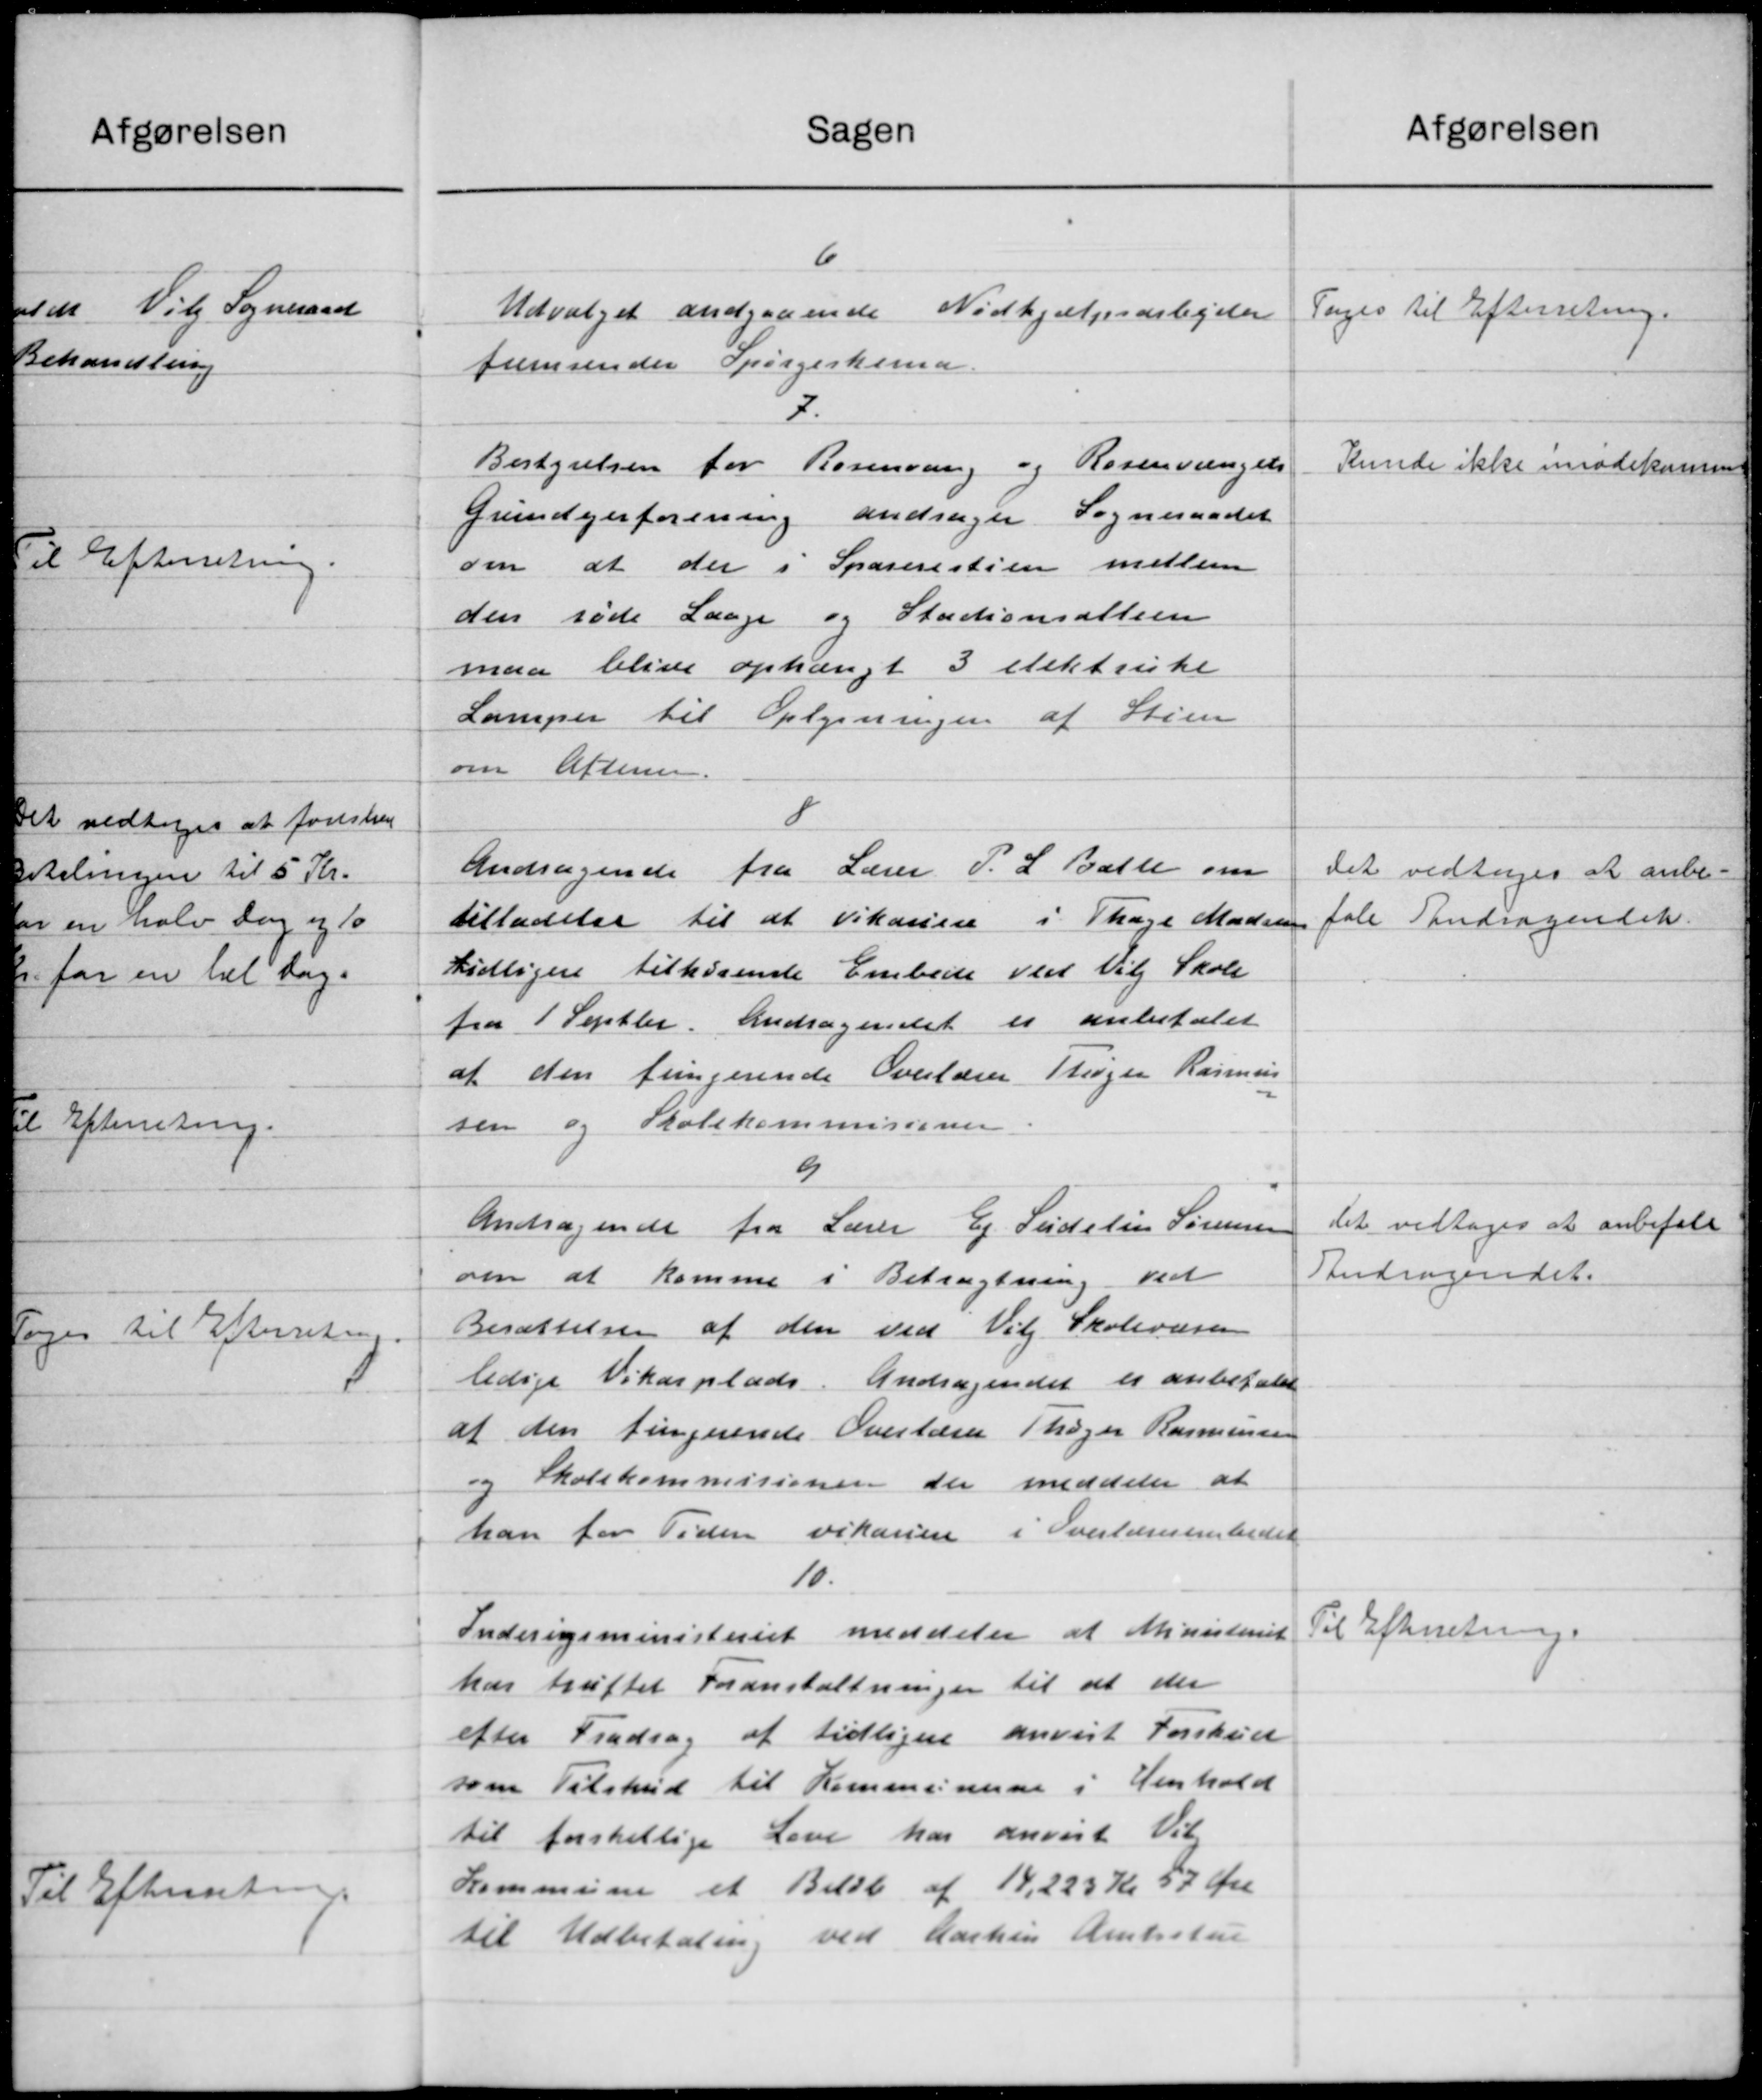
Transskription:
Sagen
Udvalget andgaaende Nødhjælpsarbejder
fremsender Spørgeskema.
7.
Bestyrelsen for Rosenvang og Rosenvængelse
Grundejerforening andrager Sogneraadet
om at der i Sparerestien mellem
den røde Laage og Stationsattern
maa blive ophængt 3 elektriske
Lamper til Oplysningen af Stien
om Aftensen.
8
Andragende fra Lærer P. L. Balle om
tilladelse til at Vikariere i Thage Madsen
tidligere tilhørende Embede Ved Vil Skole
fra 1 Septber. Andragendet er anbefalet
af den fungerende Overlærer Strøger Rasmus
sen og Skolekommisionen
9
Andragende fra Lærer Ej Sedition Sørensen
om at komme i Betragtning ved
Besættelsen af den ved Vil Skolevæsen
ledige Vikarplads. Andragendet er anbefales
af den tingerende Overlærer Thøger Rasmussen
og Skolekommisionen der meddeler at
han for Tiden vikariere i Overlærerembedet
10.
Inderigsministeriet meddeler at Ministeriet
har truffet Foranstaltninger til at der
efter Fradrag af tidligere anvist Forskud
som Tilskud til Kommunerne i Henhold
til forskellige Love har anvist Vil
Kommune et Beløb af 14,223 Kr 57 Øre
til Udbetaling ved Aarhus Amtsstue